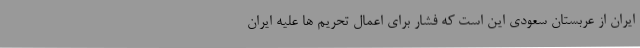
ایران از عربستان سعودی این است که فشار برای اعمال تحریم ها علیه ایران